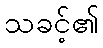
သခင့်၏